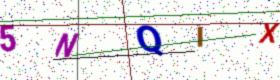
Text: 5NQIX